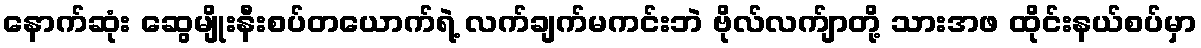
နောက်ဆုံး ဆွေမျိုးနီးစပ်တယောက်ရဲ့ လက်ချက်မကင်းဘဲ ဗိုလ်လက်ျာတို့ သားအဖ ထိုင်းနယ်စပ်မှာ